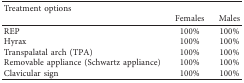
<table><thead><tr><td><b>Treatment options</b></td><td></td><td></td></tr><tr><td></td><td><b>Females</b></td><td><b>Males</b></td></tr></thead><tbody><tr><td>REP</td><td>100%</td><td>100%</td></tr><tr><td>Hyrax</td><td>100%</td><td>100%</td></tr><tr><td>Transpalatal arch (TPA)</td><td>100%</td><td>100%</td></tr><tr><td>Removable appliance (Schwartz appliance)</td><td>100%</td><td>100%</td></tr><tr><td>Clavicular sign</td><td>100%</td><td>100%</td></tr></tbody></table>